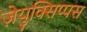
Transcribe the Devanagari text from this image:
ज़ेयुक्सिप्पस